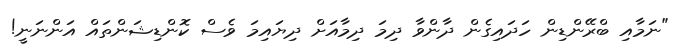
"ނަމާއި ބްރޭންޑިން ހަދައިގެން ދާންވާ ދިމަ ދިމާއަށް ދިޔައިމަ ވެސް ކޮންޑިޝަންތައް އަންނަނީ!